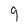
Character: 9